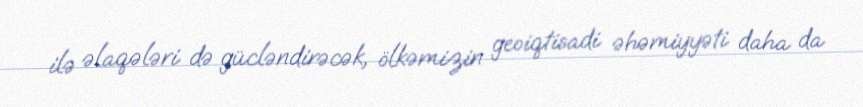
ilə əlaqələri də gücləndirəcək, ölkəmizin geoiqtisadi əhəmiyyəti daha da